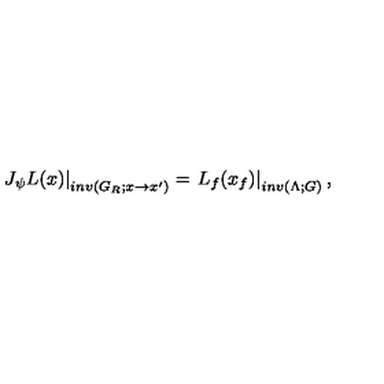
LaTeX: \left. J _ { \psi } L ( x ) \right| _ { i n v ( G _ { R } ; x \rightarrow x ^ { \prime } ) } = \left. L _ { f } ( x _ { f } ) \right| _ { i n v ( \Lambda ; G ) } ,